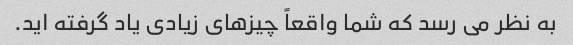
به نظر می رسد که شما واقعاً چیزهای زیادی یاد گرفته اید.